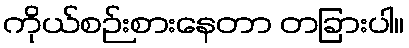
ကိုယ်စဉ်းစားနေတာ တခြားပါ။